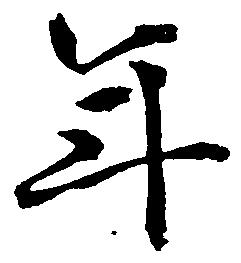
年